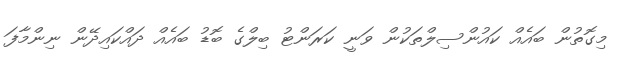
މިގޮތުން ބައެއް ކައުންސިލްތަކުން ވަނީ ކަރަންޓު ބިލްގެ ބޮޑު ބައެއް ދައްކައިދޭން ނިންމާފަ